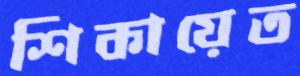
শিকায়েত